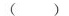
( )